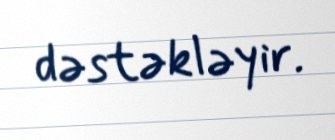
dəstəkləyir.